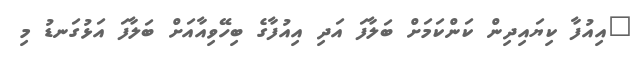
"އިއުފާ ކިޔައިދިން ކަންކަމަށް ބަލާފަ އަދި އިއުފާގެ ބިހޭވިއާއަށް ބަލާފަ އަޅުގަނޑު މި